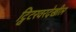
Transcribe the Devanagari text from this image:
ट्विटरवरदेखील